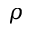
\rho